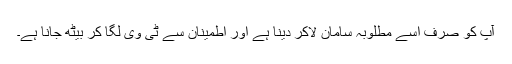
آپ کو صرف اسے مطلوبہ سامان لاکر دینا ہے اور اطمینان سے ٹی وی لگا کر بیٹھ جانا ہے۔